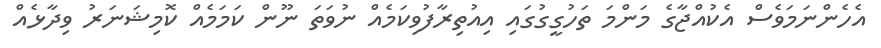
އެހެންނަމަވެސް އެކުއްޖާގެ މަންމަ ތަހުގީގުގައި އިއުތިރާފުވިކަމެއް ނުވަތަ ނޫން ކަމަމެއް ކޮމިޝަނަރު ވިދާޅެއް